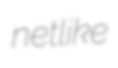
netlike